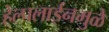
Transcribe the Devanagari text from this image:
हेल्पलाईनमुळे